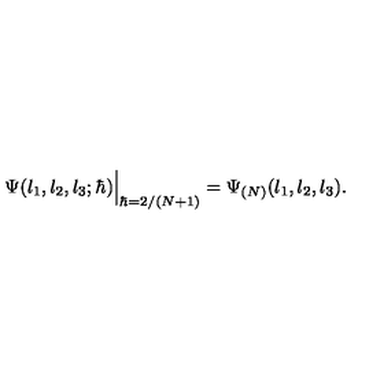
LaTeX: \Psi ( l _ { 1 } , l _ { 2 } , l _ { 3 } ; \hbar ) \Big | _ { \hbar = 2 / ( N + 1 ) } = \Psi _ { ( N ) } ( l _ { 1 } , l _ { 2 } , l _ { 3 } ) .